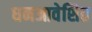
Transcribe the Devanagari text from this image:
धनआवेशित